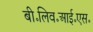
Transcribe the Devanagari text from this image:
बी॰लिव॰आई॰एस॰